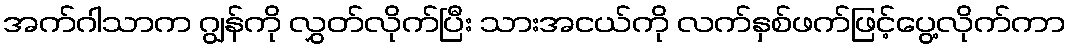
အက်ဂါသာက ဂျွန်ကို လွှတ်လိုက်ပြီး သားအငယ်ကို လက်နှစ်ဖက်ဖြင့်ပွေ့လိုက်ကာ